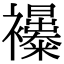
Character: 𧟊